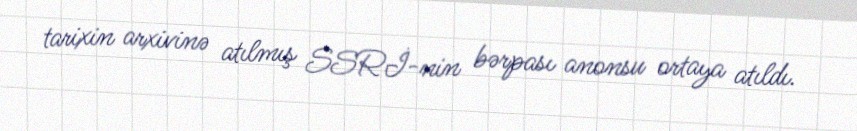
tarixin arxivinə atılmış SSRİ-nin bərpası anonsu ortaya atıldı.